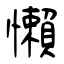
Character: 懶